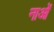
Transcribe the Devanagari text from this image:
नाओं